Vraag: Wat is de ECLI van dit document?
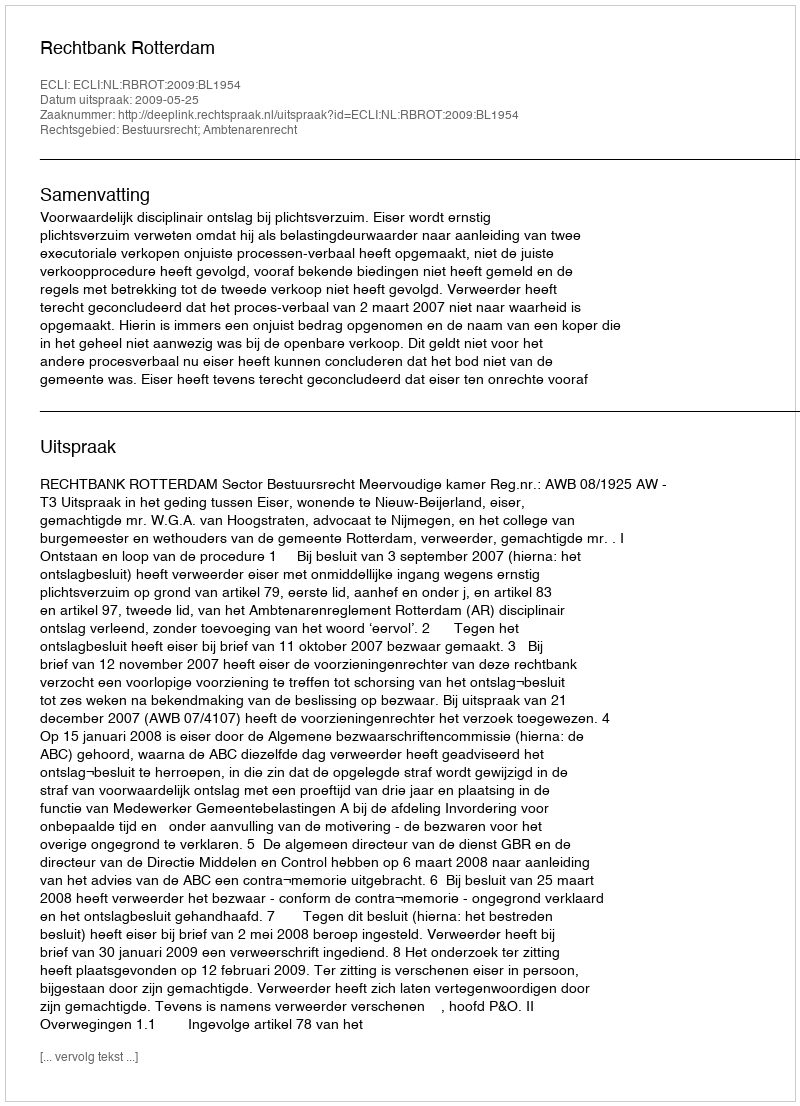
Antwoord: ECLI:NL:RBROT:2009:BL1954